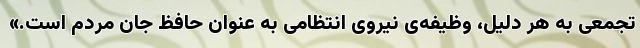
تجمعی به هر دلیل، وظیفه‌ی نیروی انتظامی به عنوان حافظ جان مردم است.»